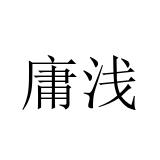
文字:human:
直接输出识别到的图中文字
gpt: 庸浅